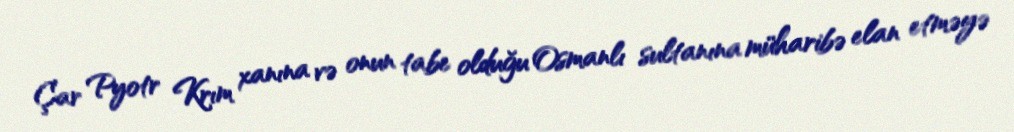
Çar Pyotr Krım xanına və onun tabe olduğu Osmanlı sultanına müharibə elan etməyə